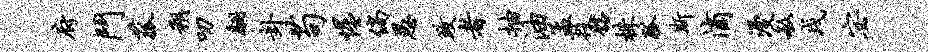
府斗菰朔叨翩卦苟惺倘愚政者抽油孟役髂株觚斯滴漫敏戌宓